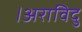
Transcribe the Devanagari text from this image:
।अराविदु